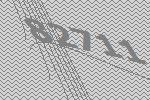
82711